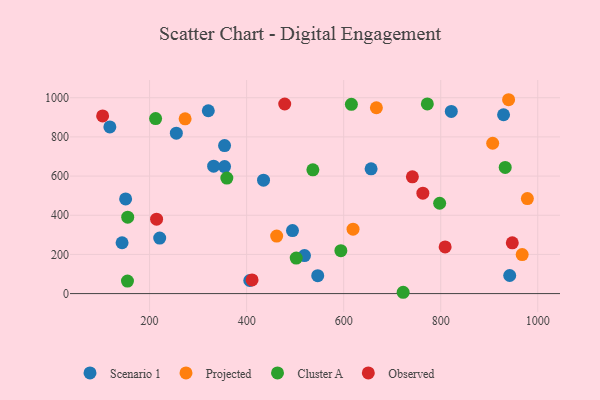
{"axis": {"x": "Distance", "y": "Demand"}, "legend": ["Cluster A", "Observed", "Projected", "Scenario 1"], "data": [{"x": "354.5", "y": 648.5, "type": "Scenario 1"}, {"x": "929.5", "y": 913.1, "type": "Scenario 1"}, {"x": "354.5", "y": 755.7, "type": "Scenario 1"}, {"x": "143.3", "y": 259.6, "type": "Scenario 1"}, {"x": "406.5", "y": 66.7, "type": "Scenario 1"}, {"x": "321.0", "y": 933.4, "type": "Scenario 1"}, {"x": "821.8", "y": 930.1, "type": "Scenario 1"}, {"x": "220.8", "y": 283.5, "type": "Scenario 1"}, {"x": "150.6", "y": 483.1, "type": "Scenario 1"}, {"x": "255.1", "y": 819.2, "type": "Scenario 1"}, {"x": "519.2", "y": 194.0, "type": "Scenario 1"}, {"x": "494.5", "y": 321.6, "type": "Scenario 1"}, {"x": "434.8", "y": 579.2, "type": "Scenario 1"}, {"x": "118.1", "y": 850.8, "type": "Scenario 1"}, {"x": "332.0", "y": 650.6, "type": "Scenario 1"}, {"x": "942.2", "y": 92.3, "type": "Scenario 1"}, {"x": "656.5", "y": 636.8, "type": "Scenario 1"}, {"x": "546.5", "y": 91.7, "type": "Scenario 1"}, {"x": "667.4", "y": 948.7, "type": "Projected"}, {"x": "978.6", "y": 485.3, "type": "Projected"}, {"x": "967.9", "y": 199.4, "type": "Projected"}, {"x": "619.3", "y": 328.8, "type": "Projected"}, {"x": "939.9", "y": 989.8, "type": "Projected"}, {"x": "273.2", "y": 892.1, "type": "Projected"}, {"x": "461.9", "y": 293.4, "type": "Projected"}, {"x": "907.1", "y": 767.5, "type": "Projected"}, {"x": "154.9", "y": 390.2, "type": "Cluster A"}, {"x": "359.2", "y": 590.0, "type": "Cluster A"}, {"x": "722.6", "y": 6.7, "type": "Cluster A"}, {"x": "536.5", "y": 632.0, "type": "Cluster A"}, {"x": "797.8", "y": 461.2, "type": "Cluster A"}, {"x": "502.2", "y": 181.3, "type": "Cluster A"}, {"x": "615.9", "y": 966.1, "type": "Cluster A"}, {"x": "154.4", "y": 64.1, "type": "Cluster A"}, {"x": "932.9", "y": 644.0, "type": "Cluster A"}, {"x": "772.4", "y": 968.3, "type": "Cluster A"}, {"x": "594.2", "y": 219.3, "type": "Cluster A"}, {"x": "212.4", "y": 893.8, "type": "Cluster A"}, {"x": "947.5", "y": 259.4, "type": "Observed"}, {"x": "411.2", "y": 69.7, "type": "Observed"}, {"x": "214.4", "y": 380.0, "type": "Observed"}, {"x": "741.6", "y": 596.2, "type": "Observed"}, {"x": "809.1", "y": 238.1, "type": "Observed"}, {"x": "103.2", "y": 907.0, "type": "Observed"}, {"x": "478.5", "y": 968.1, "type": "Observed"}, {"x": "763.2", "y": 512.6, "type": "Observed"}]}